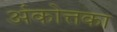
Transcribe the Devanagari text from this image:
अंकोत्तका